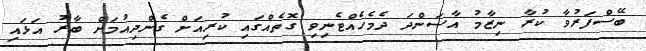
ބޭސްފަރުވާ ކުރާ ނިޒާމު އާސަންދަ ދެމެހެއްޓެނިވި ގޮތެއްގައި ކުރިއަށް ގެންދިއުމަށް ބާރު އަޅައި